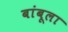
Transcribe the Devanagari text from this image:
बांबूला